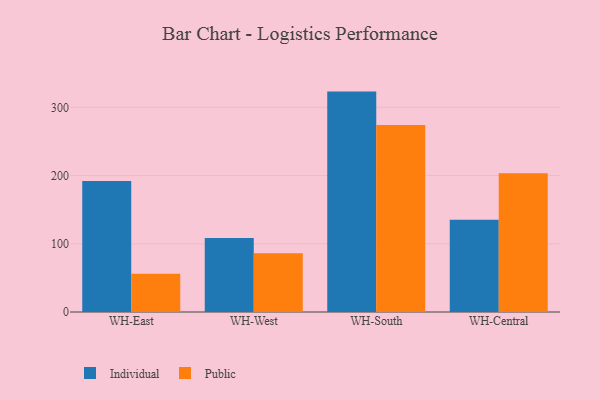
{"axis": {"x": "Warehouse", "y": "Backlog"}, "legend": ["Individual", "Public"], "data": [{"x": "WH-East", "y": 192.2, "type": "Individual"}, {"x": "WH-East", "y": 56.2, "type": "Public"}, {"x": "WH-West", "y": 108.6, "type": "Individual"}, {"x": "WH-West", "y": 86.3, "type": "Public"}, {"x": "WH-South", "y": 323.1, "type": "Individual"}, {"x": "WH-South", "y": 274.2, "type": "Public"}, {"x": "WH-Central", "y": 135.1, "type": "Individual"}, {"x": "WH-Central", "y": 203.4, "type": "Public"}]}